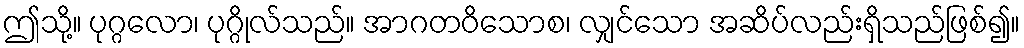
ဤသို့။ ပုဂ္ဂလော၊ ပုဂ္ဂိုလ်သည်။ အာဂတဝိသောစ၊ လျှင်သော အဆိပ်လည်းရှိသည်ဖြစ်၍။